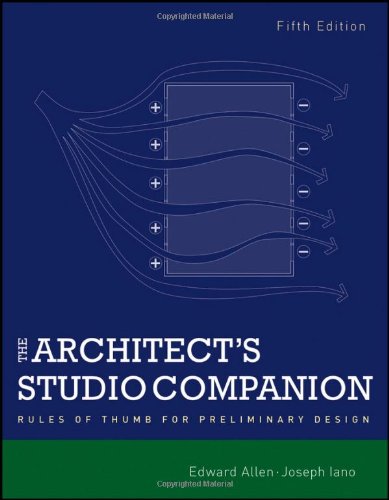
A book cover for The Architect's Studio Companion: Rules of Thumb for Preliminary Design; Edward Allen; Arts & Photography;